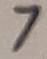
Text: 7